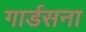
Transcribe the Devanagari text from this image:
गार्डसना